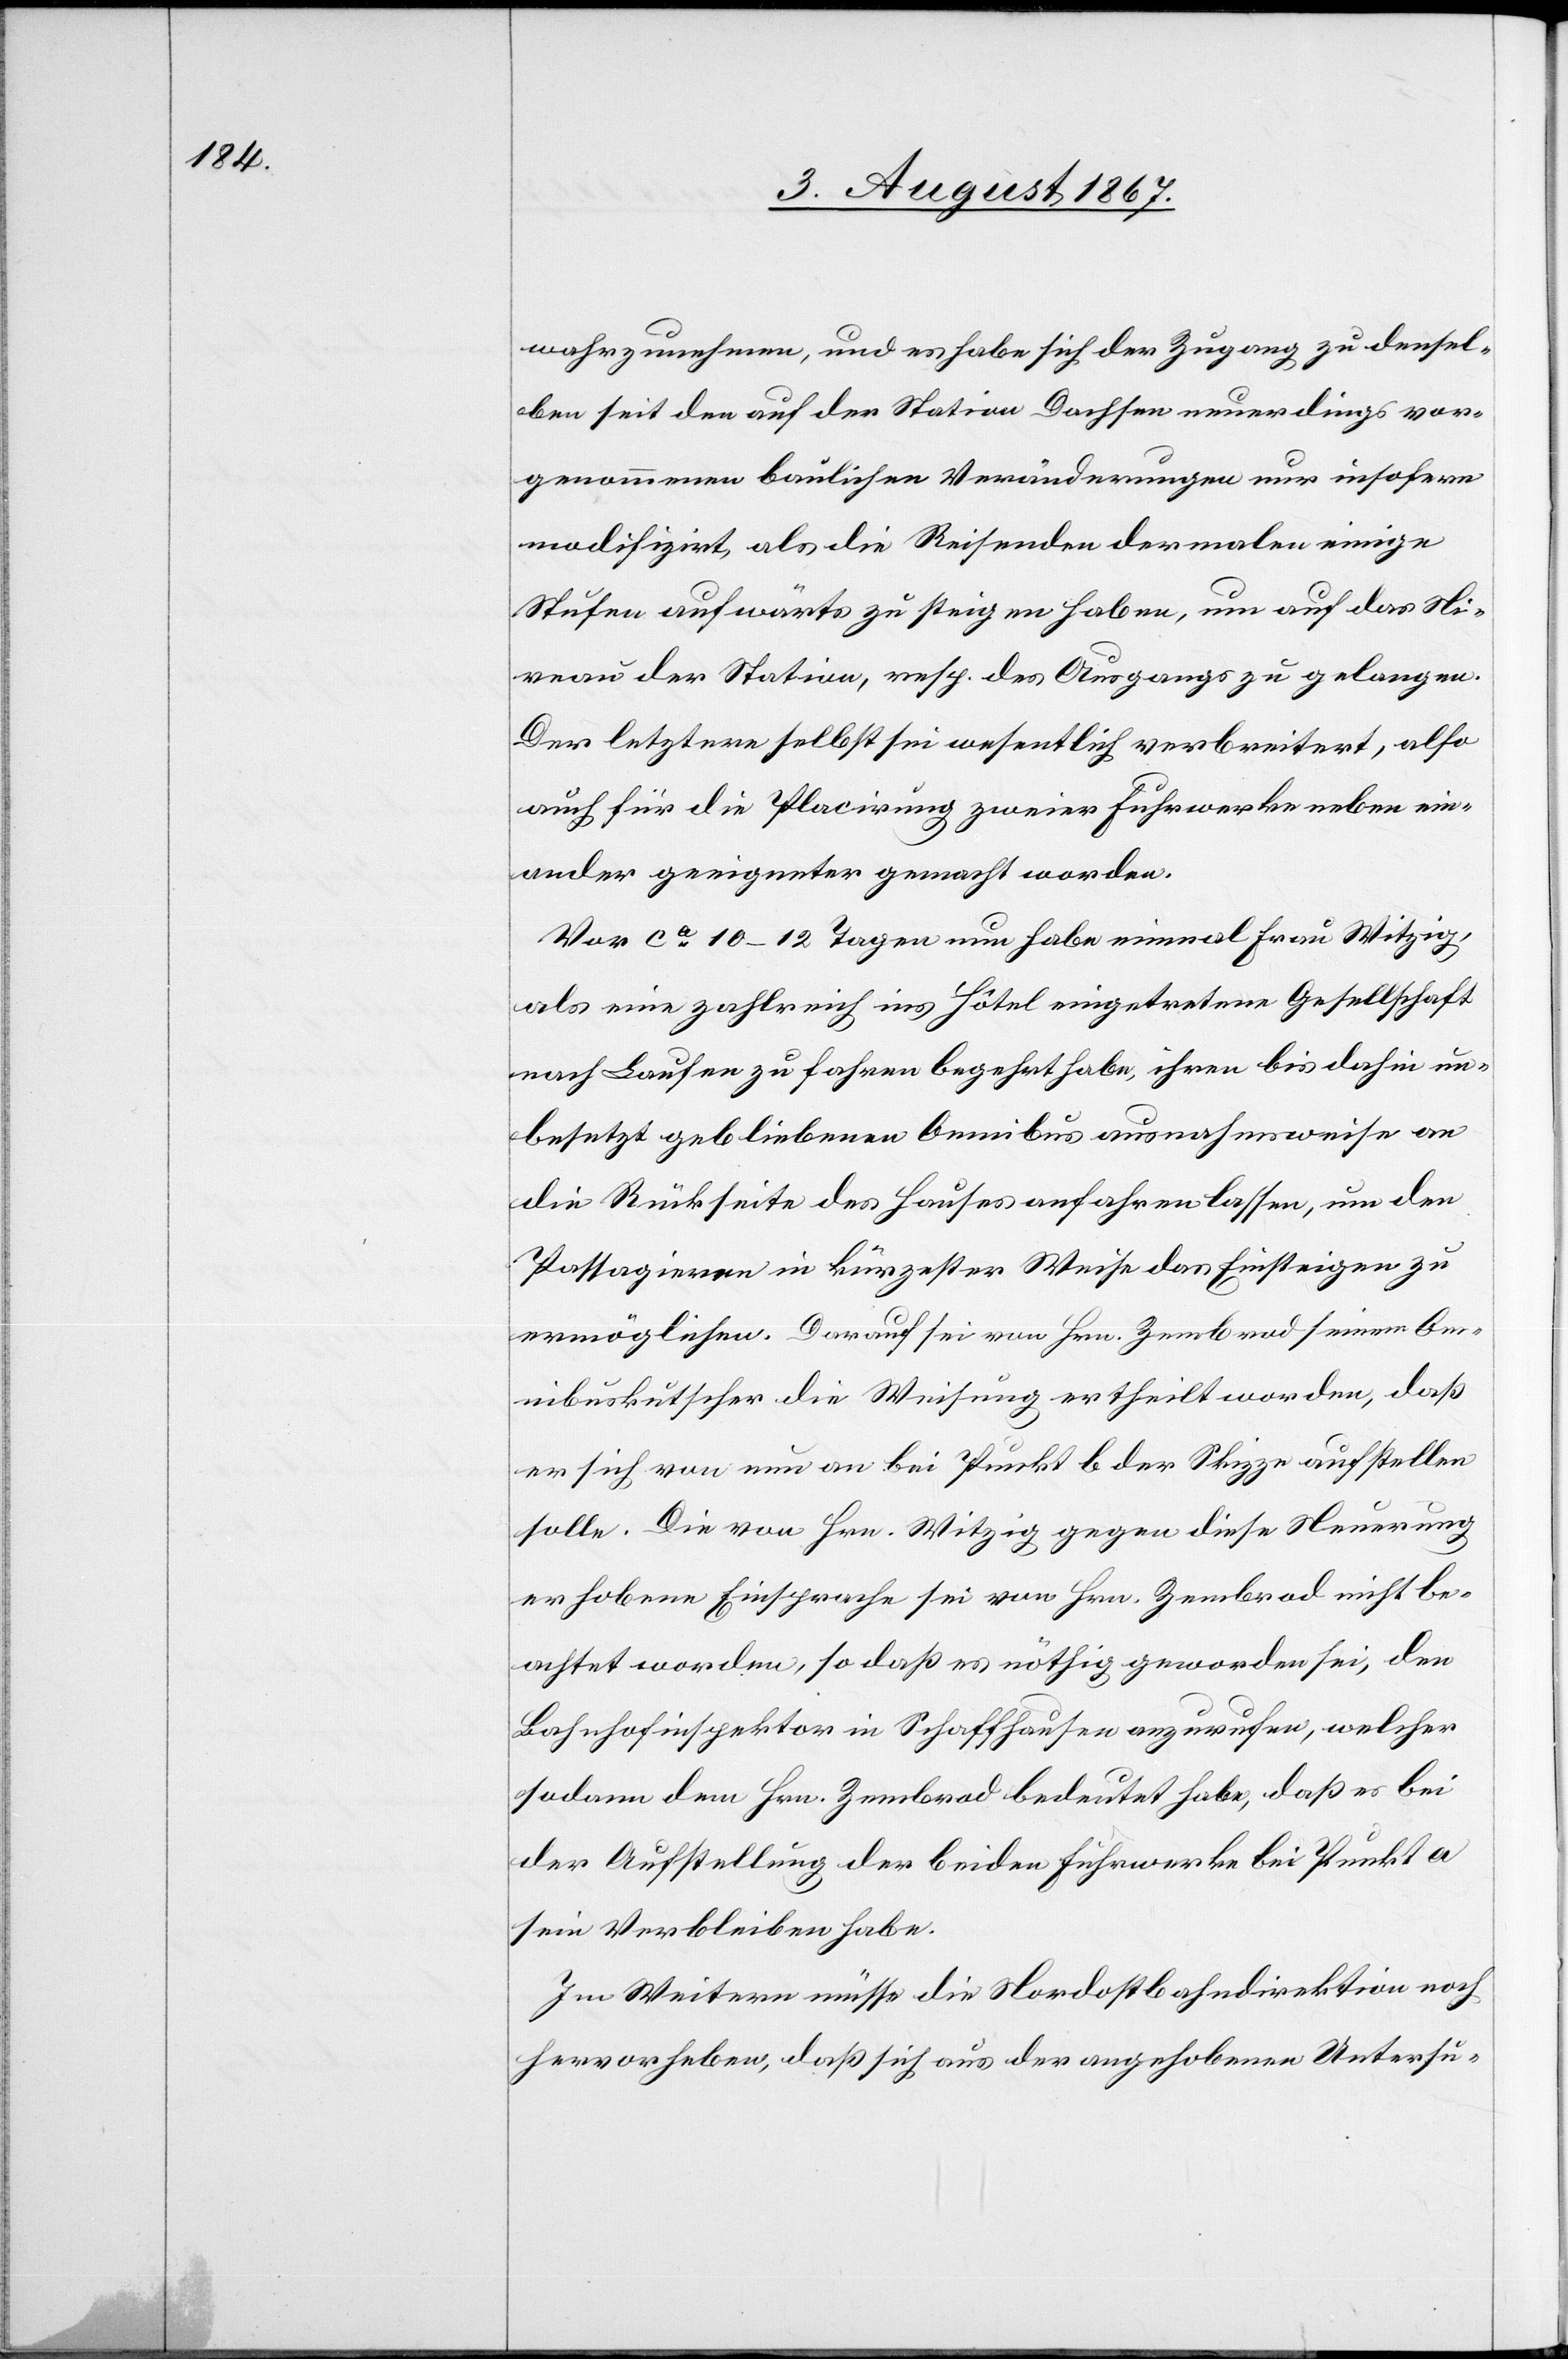
wahrzunehmen, und es habe sich der Zugang zu densel¬
ben seit den auf der Station Dachsen neuerdings vor¬
genommenen baulichen Veränderungen nur insofern
modifizirt, als die Reisenden dermalen einige
Stufen aufwärts zu steigen haben, um auf das Ni¬
veau der Station, resp. des Ausgangs zu gelangen.
Der letztere selbst sei wesentlich verbreitert, also
auch für die Placirung zweier Fuhrwerke neben ein¬
ander geeigneter gemacht worden.
Vor ca. 10–12 Tagen nun habe einmal Frau Witzig
als eine zahlreiche ins Hôtel eingetretene Gesellschaft
nach Laufen zu fahren begehrt habe, ihren bis dahin un¬
besetzt gebliebenen Omnibus ausnahmsweise an
die Rückseite des Hauses anfahren lassen, um den
Passagieren in kürzester Weise das Einsteigen zu
ermöglichen. Darauf sei von Hrn. Zembrod seinem Om¬
nibuskutscher die Weisung ertheilt worden, daß
er sich von nun an bei Punkt b der Skizze aufstellen
solle. Die von Hrn. Witzig gegen diese Neuerung
erhobene Einsprache sei von Hrn. Zembrod nicht be¬
achtet worden, so daß es nöthig geworden sei, den
Bahnhofinspektor in Schaffhausen anzurufen, welcher
sodann dem Hrn. Zembrod bedeutet hat, daß es bei
der Aufstellung der beiden Fuhrwerke bei Punkt a
sein Verbleiben habe.
Im Weitern müsse die Nordostbahndirektion noch
hervorheben, daß sich aus der angehobenen Untersu-